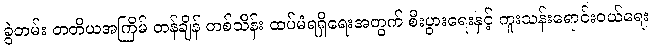
ခွဲတမ်း တတိယအကြိမ် တန်ချိန် တစ်သိန်း ထပ်မံရရှိရေးအတွက် စီးပွားရေးနှင့် ကူးသန်းရောင်းဝယ်ရေး